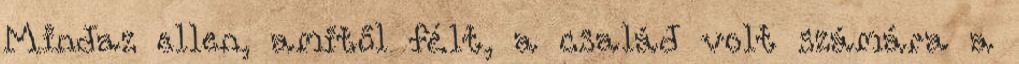
Mindaz ellen, amitől félt, a család volt számára a